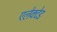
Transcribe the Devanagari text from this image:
एलेक्टेड